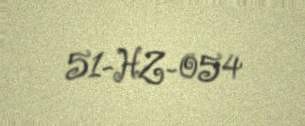
51-HZ-054